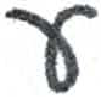
אות: ע